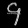
Digit: ၄